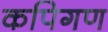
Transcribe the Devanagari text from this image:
कपिगण